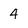
Character: 4